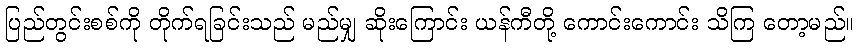
ပြည်တွင်းစစ်ကို တိုက်ရခြင်းသည် မည်မျှ ဆိုးကြောင်း ယန်ကီတို့ ကောင်းကောင်း သိကြ တော့မည်။